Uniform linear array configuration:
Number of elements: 8
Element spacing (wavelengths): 1
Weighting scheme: cosine
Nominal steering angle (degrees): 30
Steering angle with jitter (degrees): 29.672
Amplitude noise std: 0.05
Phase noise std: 0.05

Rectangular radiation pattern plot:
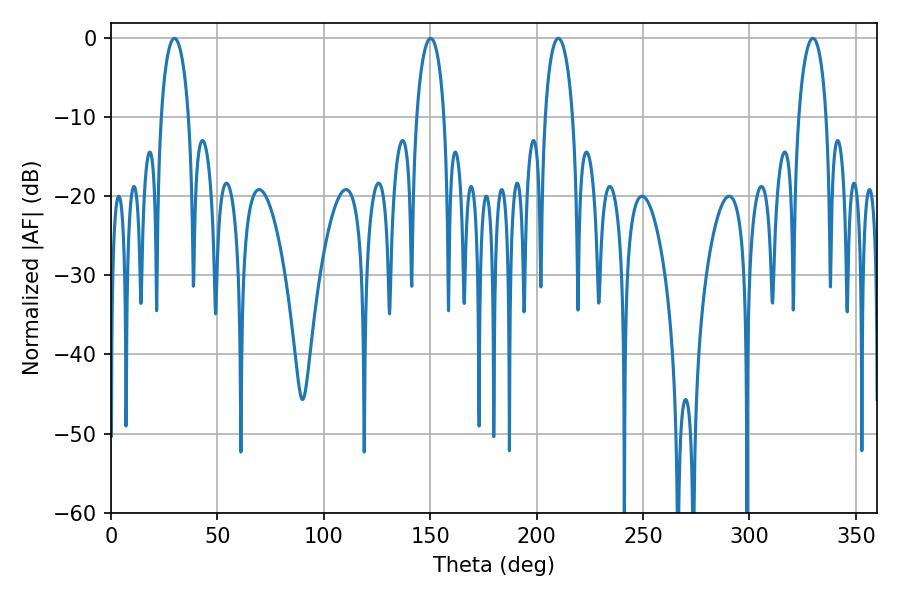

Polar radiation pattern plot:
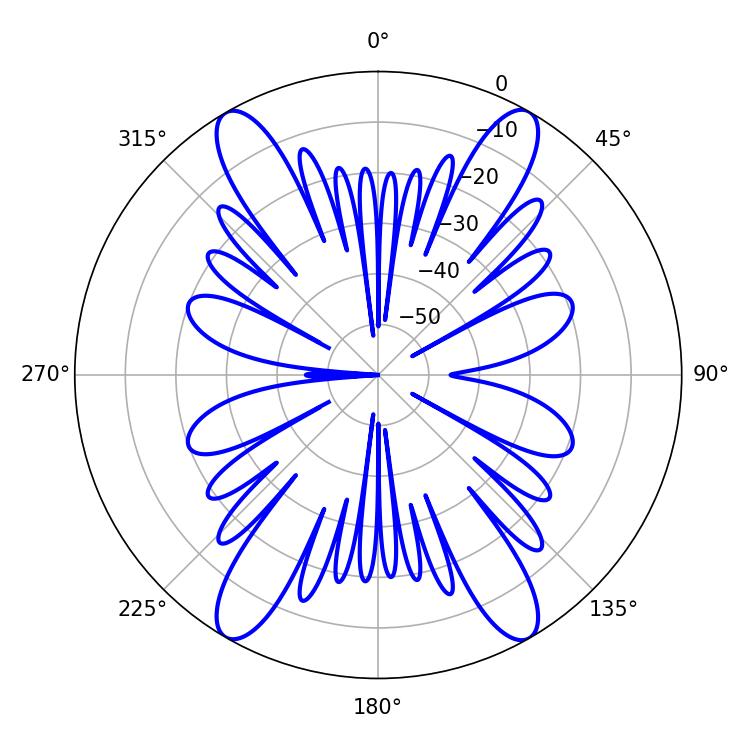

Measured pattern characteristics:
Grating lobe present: TRUE
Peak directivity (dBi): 46.459
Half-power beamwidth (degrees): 7.56
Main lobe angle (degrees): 210.24